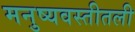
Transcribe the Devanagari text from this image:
मनुष्यवस्तीतली